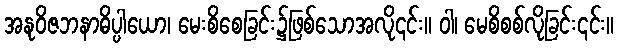
အနုဝိဇဘနာဓိပ္ပါယော၊ မေးစိစေခြင်း၌ဖြစ်သောအလို၎င်း။ ဝါ၊ မေစိစစ်လိုခြင်း၎င်း။